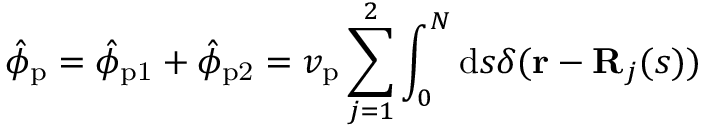
\hat { \phi } _ { \mathrm { p } } = \hat { \phi } _ { \mathrm { p 1 } } + \hat { \phi } _ { \mathrm { p 2 } } = v _ { \mathrm { p } } \sum _ { j = 1 } ^ { 2 } \int _ { 0 } ^ { N } \mathrm { d } s \delta ( \mathbf { r } - \mathbf { R } _ { j } ( s ) )